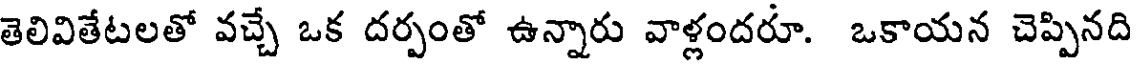
తెలివితేటలతో వచ్చే ఒక దర్పంతో ఉన్నారు వాళ్లందరూ. ఒకాయన చెప్పినది